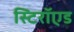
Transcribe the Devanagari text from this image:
स्टिरॉएड